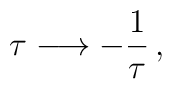
\tau \longrightarrow -\frac{1}{\tau} \, ,